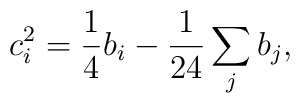
c_i^2 = \frac{1}{4} b_i - \frac{1}{24} \sum_j b_j,